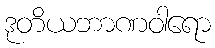
ဒုတိယဘာဏဝါရော